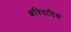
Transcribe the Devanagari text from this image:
क्षत्रियादिक